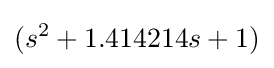
(s^{2}+1.414214s+1)